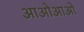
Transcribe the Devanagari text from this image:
आओआओ